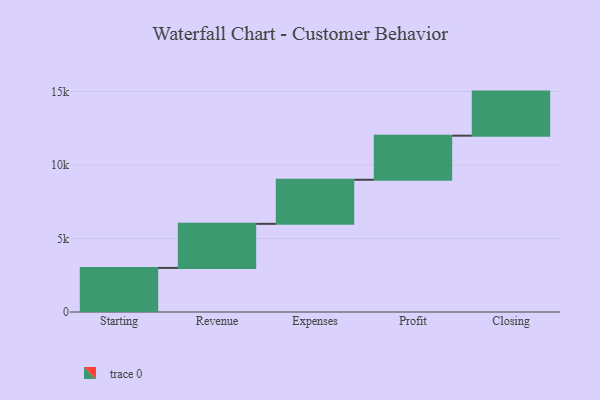
{"axis": {"x": "Step", "y": "Value"}, "legend": [""], "data": [{"x": "Starting", "y": 3000, "type": ""}, {"x": "Revenue", "y": 3000, "type": ""}, {"x": "Expenses", "y": 3000, "type": ""}, {"x": "Profit", "y": 3000, "type": ""}, {"x": "Closing", "y": 3000, "type": ""}]}